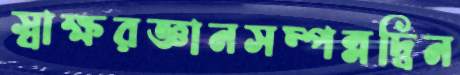
স্বাক্ষরজ্ঞানসম্পন্নদ্বিন